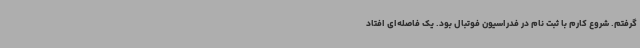
گرفتم. شروع کارم با ثبت نام در فدراسیون فوتبال بود. یک فاصله‌ای افتاد